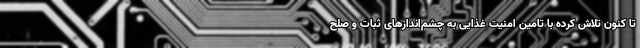
تا کنون تلاش کرده با تامین امنیت غذایی به چشم‌اندازهای ثبات و صلح